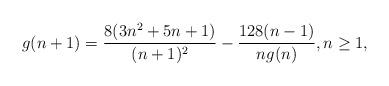
LaTeX: \begin{align*}g(n+1)=\frac{8(3n^2+5n+1)}{(n+1)^2}-\frac{128(n-1)}{ng(n)},n\geq 1,\end{align*}